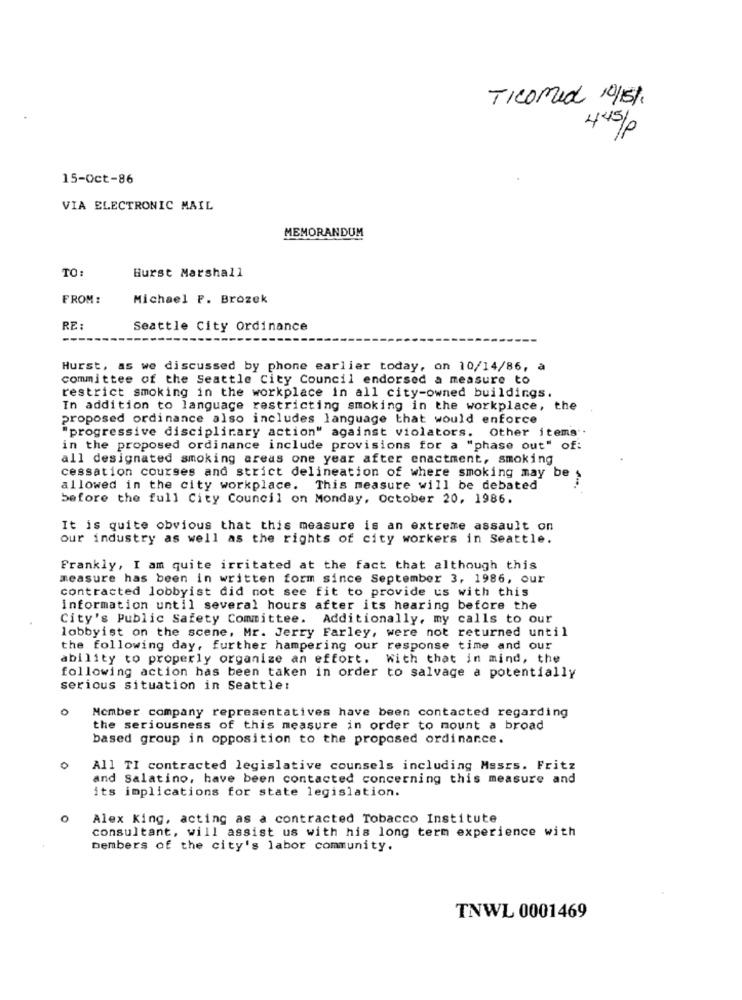
TICOMed 10/15%.
445%0
15-Oct-86
VIA ELECTRONIC MAIL
MEMORANDUM
TO
Burst Marshall
FROM :
Michael F. Brozek
RE:
Seattle City Ordinance
Hurst, as we discussed by phone earlier today, on 10/14/86, à
committee of the Seattle City Council endorsed a measure to
restrict smoking in the workplace in all city-owned buildings.
In addition to language restricting smoking in the workplace, the
proposed ordinance also includes language that would enforce
"progressive disciplinary action" against violators. Other items".
in the proposed ordinance include provisions for a "phase out" of:
all designated smoking areas one year after enactment, smoking
cessation courses and strict delineation of where smoking may be
allowed in the city workplace. This measure will be debated
before the full City Council on Monday, October 20, 1986.
It is quite obvious that this measure is an extreme assault on
our industry as well as the rights of city workers in Seattle.
Frankly, I am quite irritated at the fact that although this
measure has been in written form since September 3, 1986, our
contracted lobbyist did not see fit to provide us with this
information until several hours after its hearing before the
City's Public Safety Committee. Additionally, my calls to our
lobbyist on the scene, Mr. Jerry Farley, were not returned until
the following day, further hampering our response time and our
ability to properly organize an effort.
With that in mind, the
following action has been taken in order to salvage a potentially
serious situation in Seattle:
Member company representatives have been contacted regarding
the seriousness of this measure in order to mount a broad
based group in opposition to the proposed ordinance.
0
All TI contracted legislative counsels including Mssrs. Fritz
and Salatino, have been contacted concerning this measure and
its implications for state legislation.
o
Alex King, acting as a contracted Tobacco Institute
consultant, will assist us with his long term experience with
members of the city's labor community.
TNWL 0001469